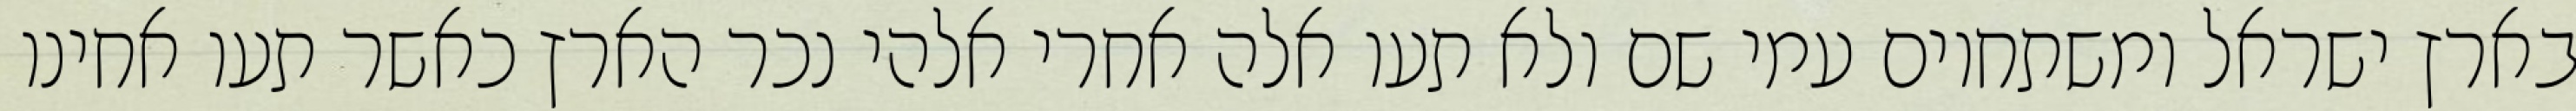
בארץ ישראל ומשתחוים עמי שם ולא תעו אלה אחרי אלהי נכר הארץ כאשר תעו אחינו